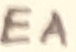
Text: EA